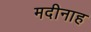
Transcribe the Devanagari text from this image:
मदीनाह